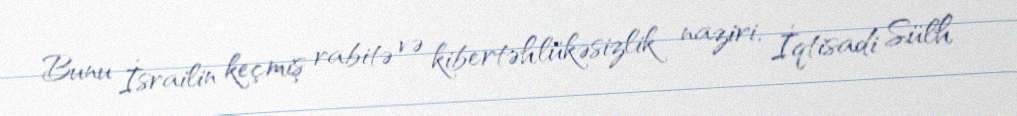
Bunu İsrailin keçmiş rabitə və kibertəhlükəsizlik naziri, İqtisadi Sülh